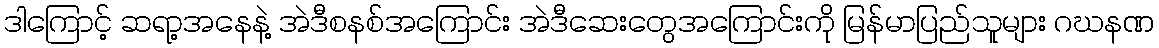
ဒါကြောင့် ဆရာ့အနေနဲ့ အဲဒီစနစ်အကြောင်း အဲဒီဆေးတွေအကြောင်းကို မြန်မာပြည်သူများ ဂဃနဏ